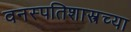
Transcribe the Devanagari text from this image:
वनस्पतिशास्त्रच्या